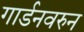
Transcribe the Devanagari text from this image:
गार्डनवरुन